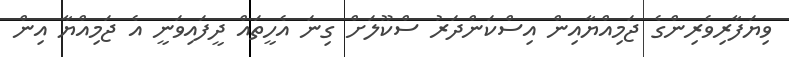
ވިޔަފާރިވެރިންގެ ޖަމިއްޔާއިން އިސްކަންދަރު ސްކޫލަށް ގިނަ އެހީތައް ދީފައިވަނީ އެ ޖަމިއްޔާ އިން